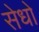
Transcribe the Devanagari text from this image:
सेधो